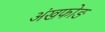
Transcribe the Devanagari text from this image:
अंखफोङ